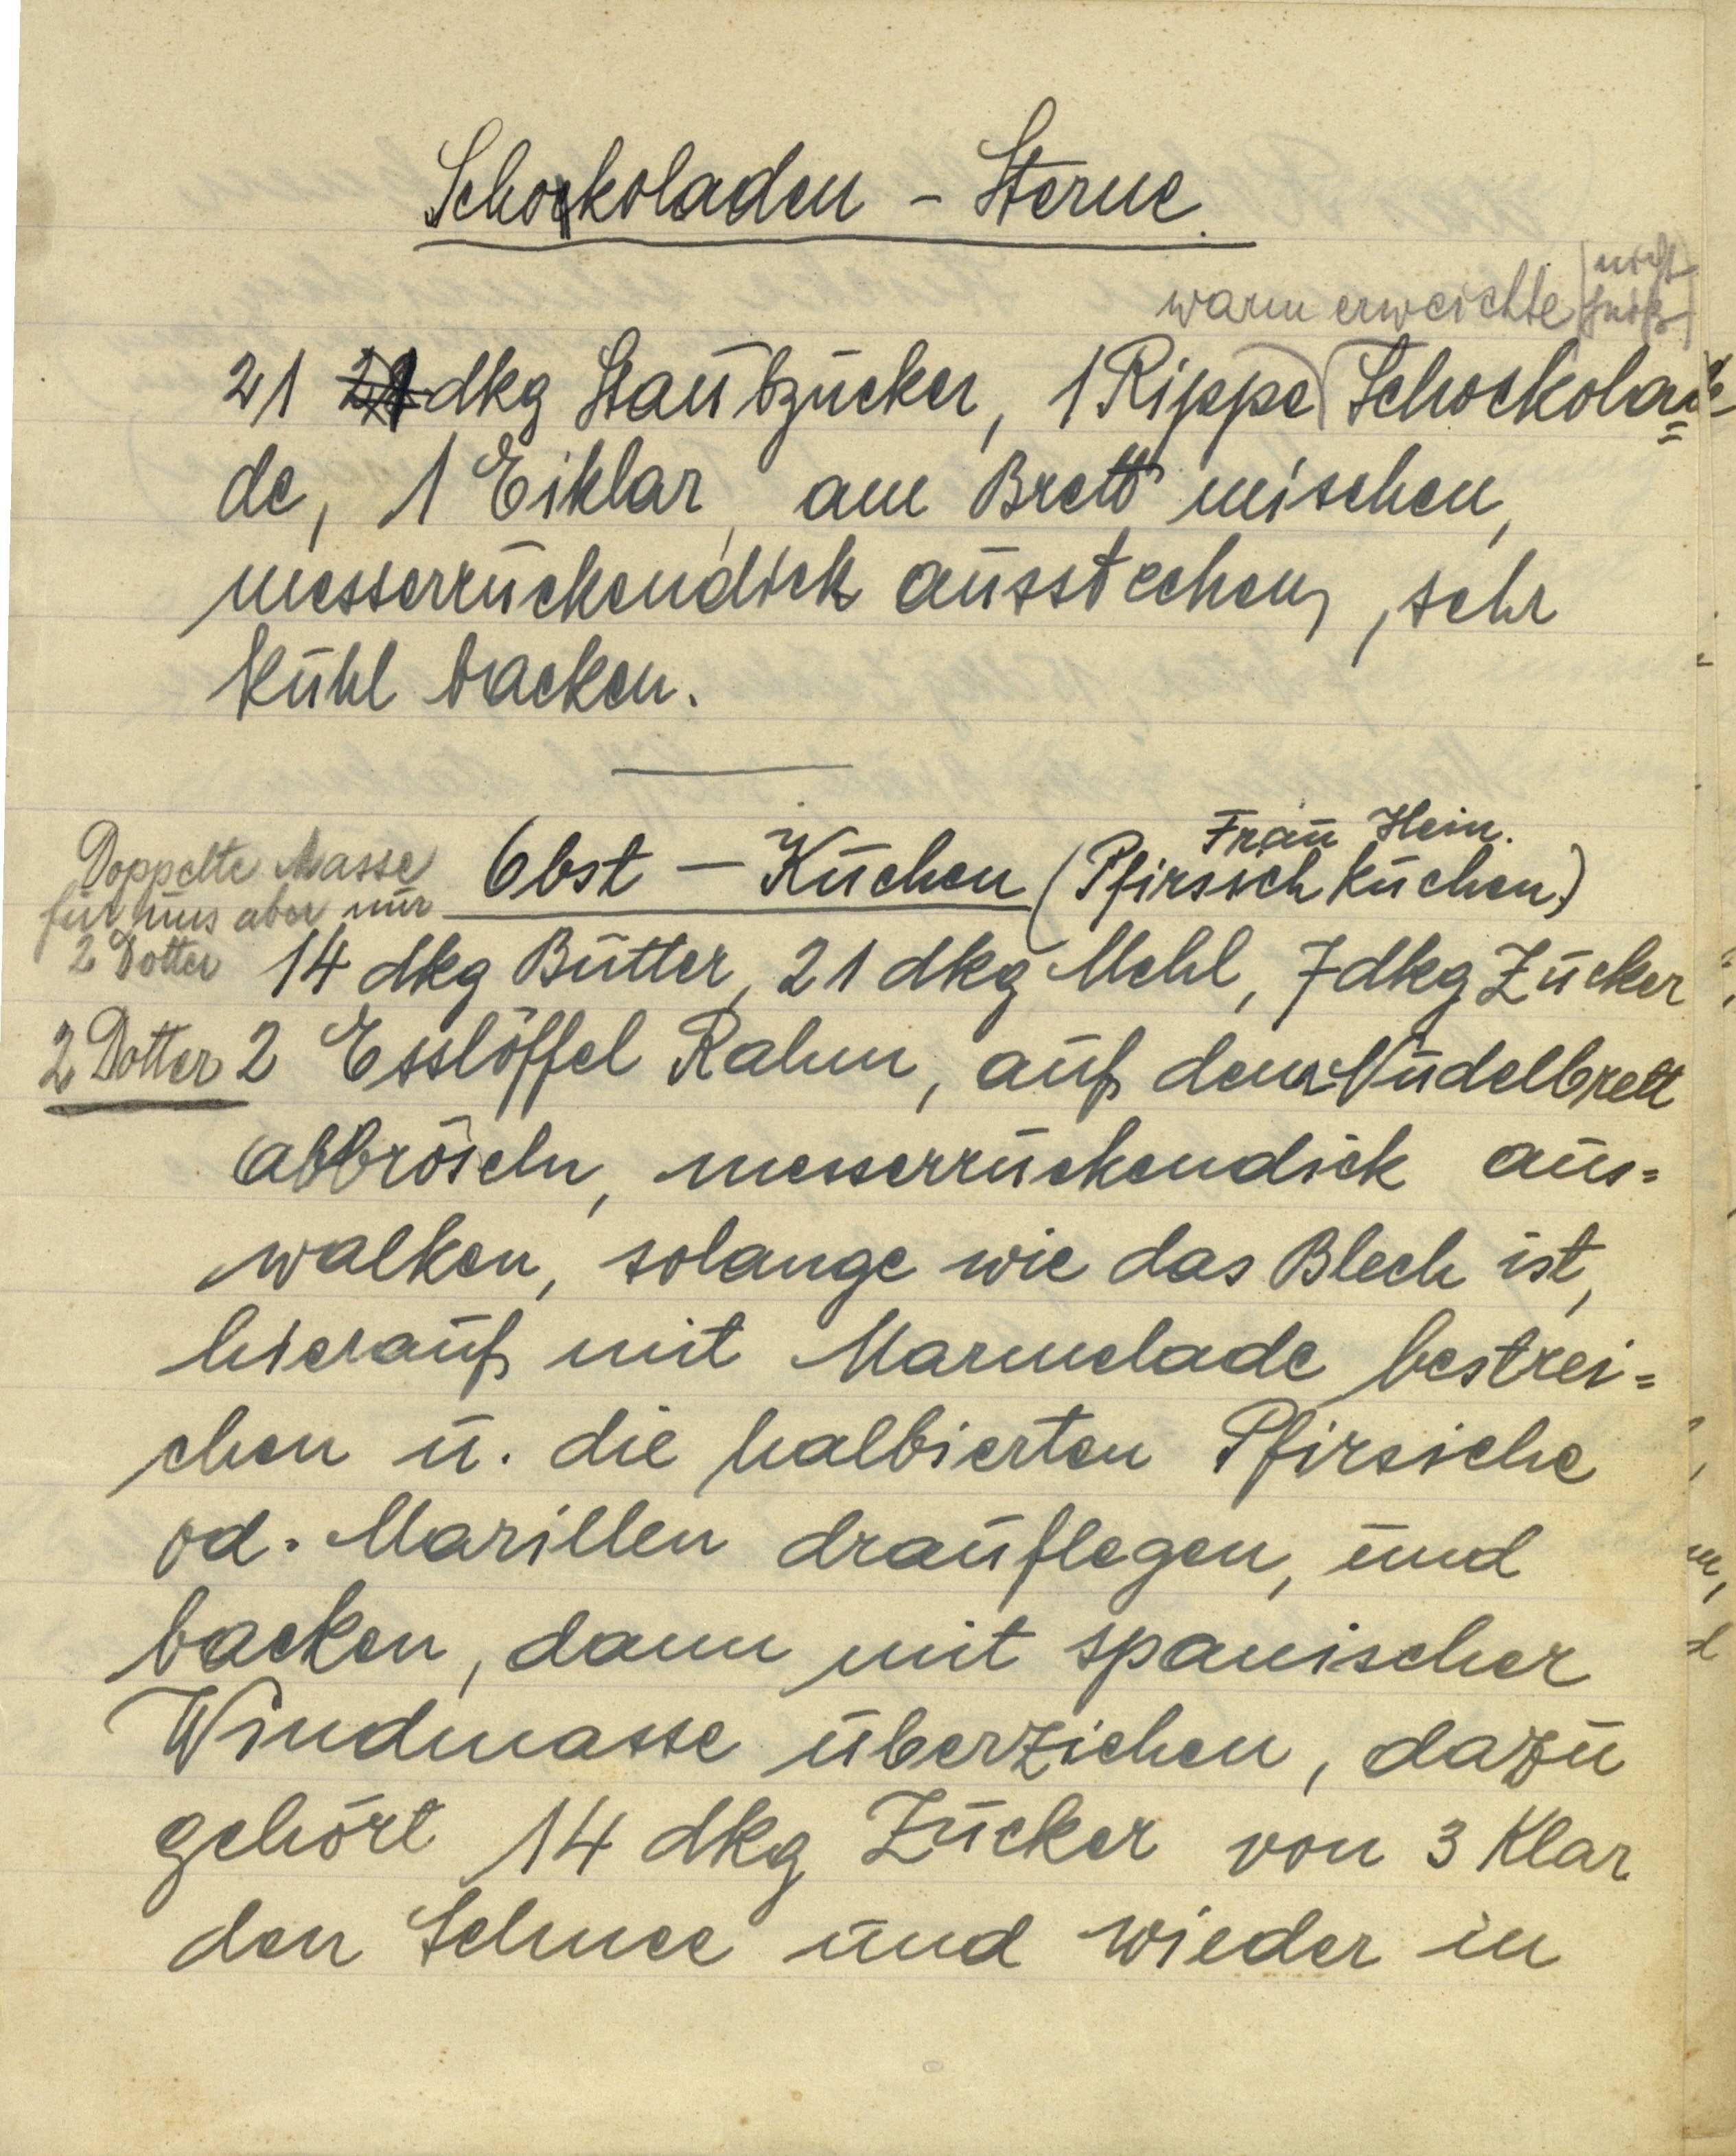
Schockoladen — Sterne.

nicht
21 21 dkg Staubzucker, 1 Rippe warm erweichte, nicht heiß, Schockola¬
de, 1 Eiklar, am Brett mischen,
messerrückendick ausstechen, sehr
kühl backen.

Frau Hein
Obst — Kuchen (Pfirsichkuchen.)
14 dkg Butter, 21 dkg Mehl, 7 dkg Zucker
2 Esslöffel Rahm, auf dem Nudelbrett
abbröseln, messerrückendick aus¬
walken, solange wie das Blech ist,
hierauf mit Marmelade bestrei¬
chen u. die halbierten Pfirsiche
od. Marillen drauflegen, und
backen, dann mit spanischer
Windmasse überziehen, dazu
gehört 14 dkg Zucker von 3 Klar
den Schnee und wieder in

Doppelte Masse
für uns aber nur
2 Dotter
2 Dotter